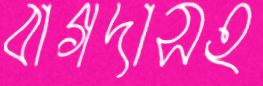
বাগদাসহ